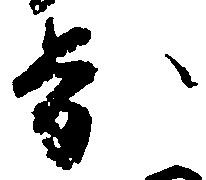
歩